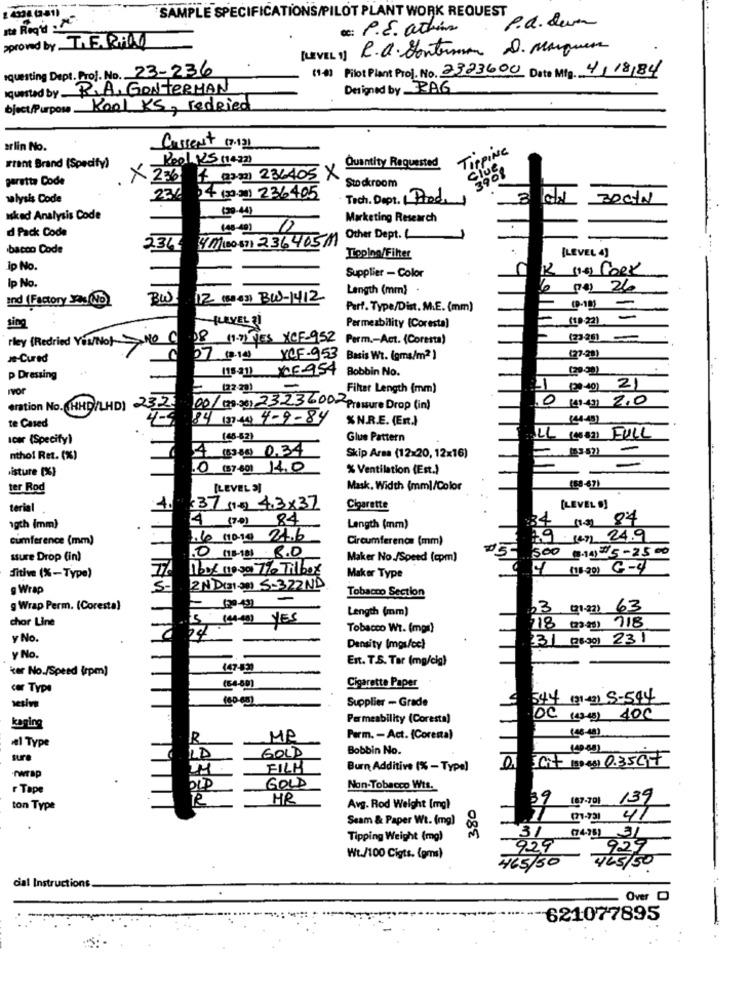
4338 (2-81)
SAMPLE SPECIFICATIONS/PILOT PLANT WORK REQUEST
ste Regia .
Dc: P.E. atkins
P.a. dum
pproved by TEARHAM
[LEVEL 1) R.O. Sontorman D. Marques
squesting Dept. Prof. No. 23-236
(1-4) Pilot Plant Proj. No. 2323600 Date Mig 4/18/84
quested by RIA, GONTERMAN
Designed by _2A6
bject/Purpose Kool KS, redRied
arlin No.
Current 17.12)
TIPPING
Pool 25 mezz)
Quantity Requested
want Brand (Specify)
Clue
3908
garetta Code
x 236 4 (23) 33) 236405 X
Stockroom
selysis Code
23/ 14 (30 3) 236405
Tech. Dept. Pode)
(29-44)
asked Analysis Code
Marketing Research
(45-40)
d Pack Code
234 411 100 87) 23646511 Other Dept.
bacon Code
Tiopina/Filter
[LEVEL 4)
ip No.
12 (4) FORx
Ip No.
Supplier - Color
Length (mm)
6 no 26
and (Factory Jas No)
BW
12 (80 03) BW-1412
Parf. Type/Dist. M.E. (mm)
-LEVEL ?!
(1923)
sing
Permeability (Coresta)
rey (Redried You/No) NO C
08 (1-7) YES XCF-952 Porm .- Act. (Coresta)
Je-Cured
07 (3-14) YCF-953 Basis Wt. (pma/m2)
(20.00)
p Dressing
(15-211 XXE-954 Bobbin No.
Iyor
E
122 29)
-
Filter Length (mm)
-1 (2010) 21
eration No.(HHD/LHD) 23.25
00/ (23:30) 23236002 Pressure Drop (in)
,0 () 4) 2.0
te Cased
84 (3)44) 4-9-84
%N.R.E. (ER.)
Icer (Specify)
(45-52)
Glue Pattern
LL ( 83) FULL
4 8310 0.34
ntho! Ret. (%)
Skip Arma (12x20, 12x16)
isture (%)
.0 (37-40) 14.0
% Ventilation (Est.)
ter Rod
[LEVEL 3]
Mask, Width (mm)/Color
(59-67)
terial
4.
$37 (1) 4.3x37
Cigarette
[LEVEL 9]
4 (7.0) 84
($) 84
agth (mm)
Length (mm)
34
cumference (mm)
1.60 10.10 24.6
Circumference (mm)
19.
147 24.9
.0 (15-18) 8.0
500 014) =5-2500
ssure Drop (in)
Maker No./Speed (cpm)
nood nosa 7% Tilber
Sitive (%-Type)
Maker Type
g Wrap
5-
2 ND(31-30) 5-322ND
= 12.9 -
Tobacco Section
g Wrap Perm. (Coresta)
Length (mm)
3 (21-22) 63
chor Line
5 14- YES
Tobacco Wt. (mpr)
718 (3 33) 718
y No.
24
31 (26:30) 231
Density (mgs/ce)
y No.
Ent. T.S. Tar (mg/cig)
iter No./Speed (rpm)
(47-52)
cor Type
Cigarette Paper
100 00)
Supplier - Grade
544 (31-3) 5-544
sesive
Permeability (Coresta)
DC (13-4) 400
kaging
vel Type
R
MP
Parm. - Act. (Corenta)
Bobbin No.
sure
LD
GOLD
Soit (3)-53) 0.35CTT
-rwrap
FILM
Burn Additive (% - Type)
GOLD
r Tape
Non-Tobacco Wtt.
HR
380
187.79) 139
ton Type
Avg. Rod Weight [mg)
39
Seam & Paper Wt. (mg)
()-val 41
Tipping Weight (mg)
929
929
Wt./100 Cigts. (gms)
465/30
465/ 50
cial Instructions
Over D
621077895